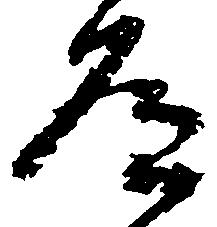
道